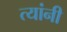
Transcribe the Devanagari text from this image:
त्यांनी